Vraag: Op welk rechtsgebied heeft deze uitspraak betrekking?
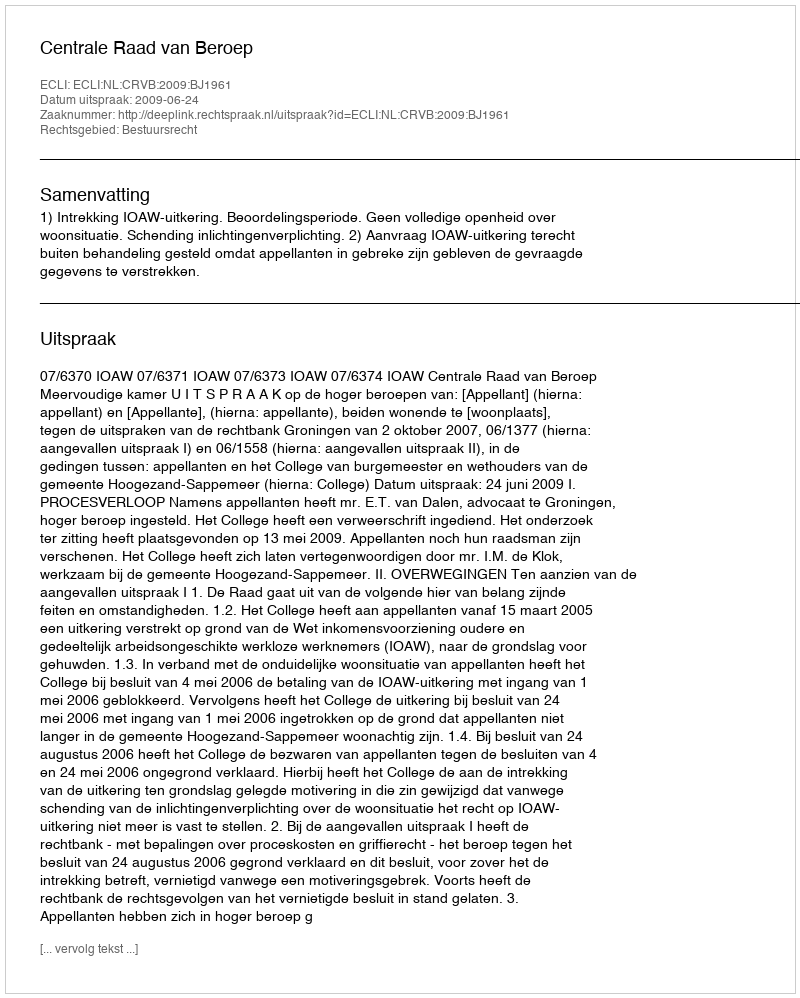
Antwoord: Bestuursrecht